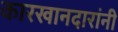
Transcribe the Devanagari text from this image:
कारखानदारांनी